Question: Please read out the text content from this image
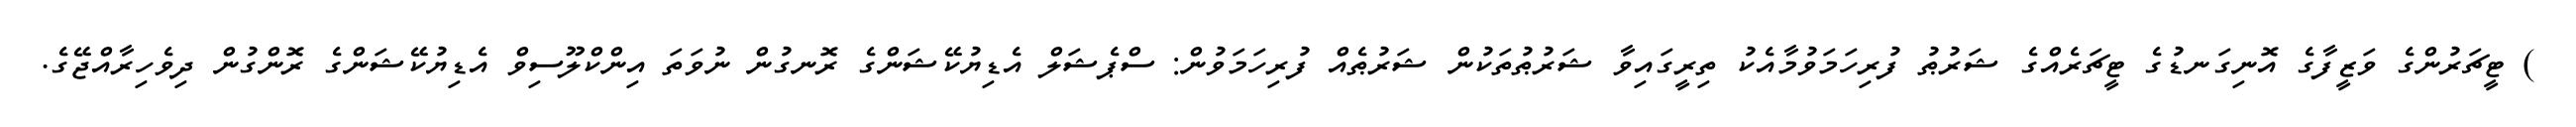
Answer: ) ޓީޗަރުންގެ ވަޒީފާގެ އޮނިގަނޑުގެ ޓީޗަރެއްގެ ޝަރުޠު ފުރިހަމަވުމާއެކު ތިރީގައިވާ ޝަރުޠުތަކުން ޝަރުޠެއް ފުރިހަމަވުން: ސްޕެޝަލް އެޑިޔުކޭޝަންގެ ރޮނގުން ނުވަތަ އިންކްލޫސިވް އެޑިޔުކޭޝަންގެ ރޮންގުން ދިވެހިރާއްޖޭގެ.